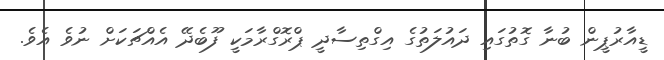
ޑީއާރުޕީން ބުނާ ގޮތުގައި ދައުލަތުގެ އިގްތިސާދީ ޕްރޮގްރާމަކީ ފޫބެދޭ އެއްޗަކަށް ނުވެ އެވެ.